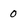
Character: 0